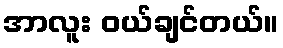
အာလူး ဝယ်ချင်တယ်။